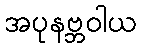
အပုနဗ္ဘဝါယ